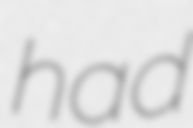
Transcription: had